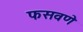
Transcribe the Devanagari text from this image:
फसवणे